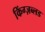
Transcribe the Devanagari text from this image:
किंग्ज़ब्लड